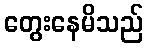
တွေးနေမိသည်